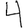
Digit: 4